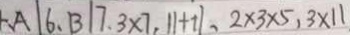
A \vert 6 , B \vert 7 . 3 \times 7 , \vert 1 + 1 \vert , 2 \times 3 \times 5 , 3 \times 1 1